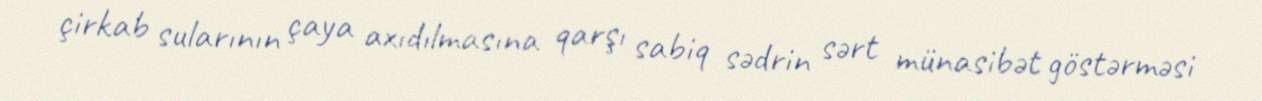
çirkab sularının çaya axıdılmasına qarşı sabiq sədrin sərt münasibət göstərməsi